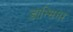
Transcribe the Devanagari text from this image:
डान्सिगर